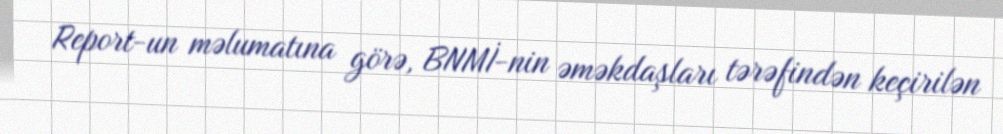
Report-un məlumatına görə, BNMİ-nin əməkdaşları tərəfindən keçirilən